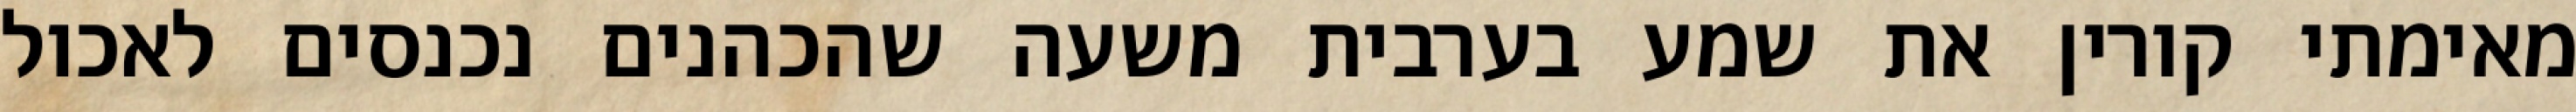
מאימתי קורין את שמע בערבית משעה שהכהנים נכנסים לאכול